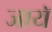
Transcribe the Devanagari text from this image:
जायॅ